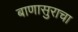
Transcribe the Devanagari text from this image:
बाणासुराचा